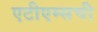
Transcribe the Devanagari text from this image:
एटीएम्सची